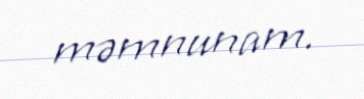
məmnunam.